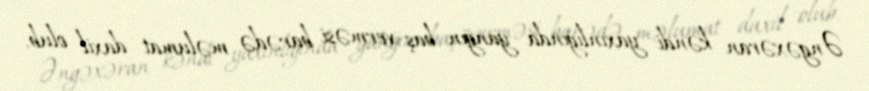
Əngəxəran kəndi yaxınlığında yanğın baş verməsi barədə məlumat daxil olub.